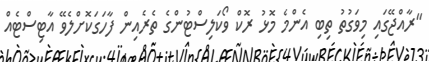
"ރާއްޖޭގައި މިވަގުތު ތިބި އެންމެ މޮޅު ރޮކް ވޯކަލިސްޓުންގެ ތެރެއިން ފާހަގަކޮށްލެވޭ އާޓިސްޓެއް